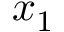
x _ { 1 }